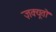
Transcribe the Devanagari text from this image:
ज़क्यूतो